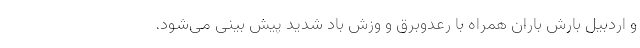
و اردبیل بارش باران همراه با رعدوبرق و وزش باد شدید پیش بینی می‌شود.